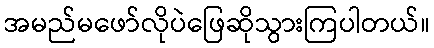
အမည်မဖော်လိုပဲဖြေဆိုသွားကြပါတယ်။